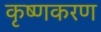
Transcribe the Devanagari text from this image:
कृष्णकरण